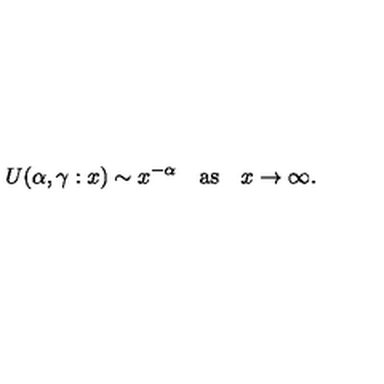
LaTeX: U ( \alpha , \gamma : x ) \sim x ^ { - \alpha } \quad \mathrm { a s } \quad x \to \infty .